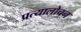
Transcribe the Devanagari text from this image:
प्रत्यालोचन